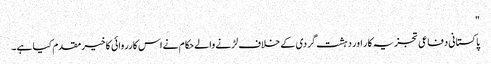
"
پاکستانی دفاعی تجزیہ کار اور دہشت گردی کے خلاف لڑنے والے حکام نے اس کارروائی کا خیرمقدم کیا ہے۔